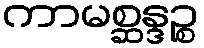
ကာမစ္ဆန္ဒဉ္စ